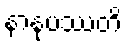
နာနုပဿတိ